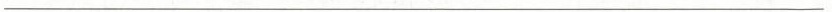
___